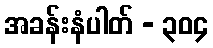
အခန်းနံပါတ် - ၃၀၄